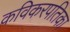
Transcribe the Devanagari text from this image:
कविकरपतिका